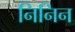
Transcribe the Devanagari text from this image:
निनिन